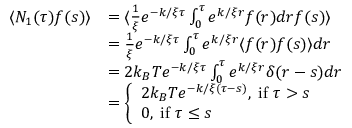
\begin{array} { r l } { \langle N _ { 1 } ( \tau ) f ( s ) \rangle } & { = \langle \frac { 1 } { \xi } e ^ { - k / \xi \tau } \int _ { 0 } ^ { \tau } e ^ { k / \xi r } f ( r ) d r f ( s ) \rangle } \\ & { = \frac { 1 } { \xi } e ^ { - k / \xi \tau } \int _ { 0 } ^ { \tau } e ^ { k / \xi r } \langle f ( r ) f ( s ) \rangle d r } \\ & { = 2 k _ { B } T e ^ { - k / \xi \tau } \int _ { 0 } ^ { \tau } e ^ { k / \xi r } \delta ( r - s ) d r } \\ & { = \left\{ \begin{array} { l l } { 2 k _ { B } T e ^ { - k / \xi ( \tau - s ) } , \; \mathrm { i f ~ } \tau > s } \\ { 0 , \; \mathrm { i f ~ } \tau \leq s } \end{array} \right. } \end{array}